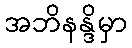
အဘိနန္ဒိမှာ